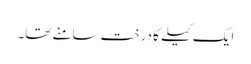
ایک کیلے کا درخت سامنے تھا۔